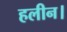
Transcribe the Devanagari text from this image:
हलीन।